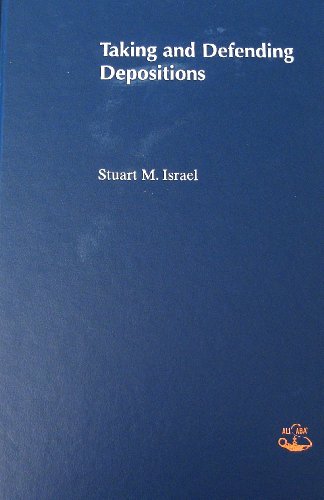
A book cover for Taking And Defending Depositions; Stuart Israel; Law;